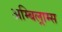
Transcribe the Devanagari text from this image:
अम्बिल्राम्स